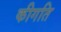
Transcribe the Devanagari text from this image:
कीगति